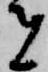
者